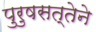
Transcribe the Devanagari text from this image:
पुरुषसत्तेने